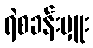
ရဲစခန်းမှူး